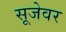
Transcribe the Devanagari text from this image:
सूजेवर